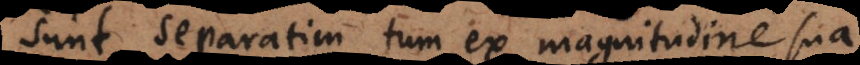
sunt separatim tum ex magnitudine sua